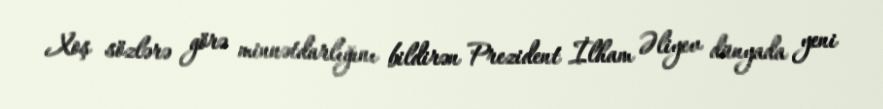
Xoş sözlərə görə minnətdarlığını bildirən Prezident İlham Əliyev dünyada yeni